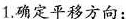
1.确定平移方向；